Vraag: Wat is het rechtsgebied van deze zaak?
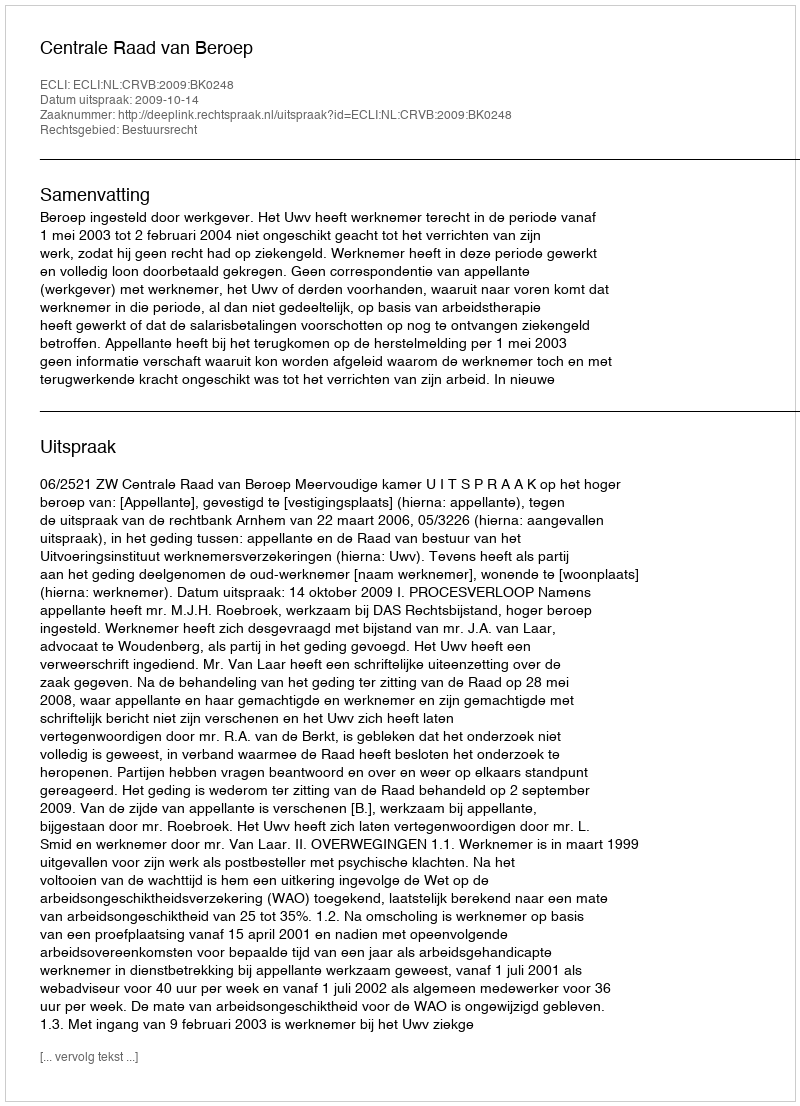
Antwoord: Bestuursrecht